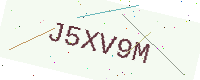
Text: J5XV9M